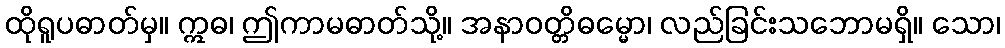
ထိုရူပဓာတ်မှ။ ဣဓ၊ ဤကာမဓာတ်သို့။ အနာဝတ္တိဓမ္မော၊ လည်ခြင်းသဘောမရှိ။ သော၊